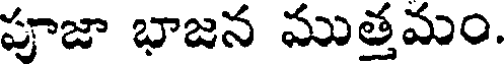
పూజా భాజన ముత్తమం.